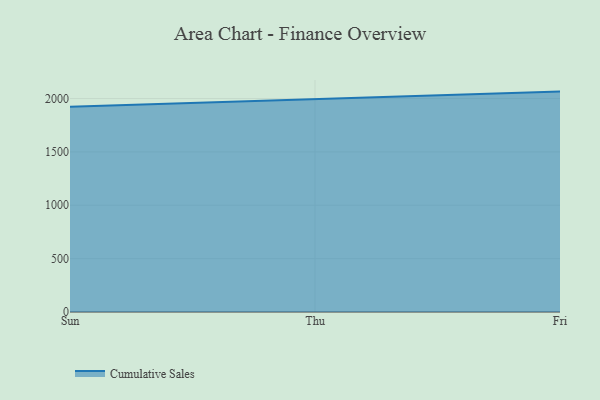
{"axis": {"x": "Day", "y": "Bounce Rate (%)"}, "legend": ["Cumulative Sales"], "data": [{"x": "Sun", "y": 1922.6, "type": "Cumulative Sales"}, {"x": "Thu", "y": 1992.4, "type": "Cumulative Sales"}, {"x": "Fri", "y": 2064.8, "type": "Cumulative Sales"}]}